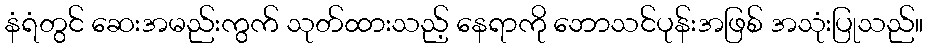
နံရံတွင် ဆေးအမည်းကွက် သုတ်ထားသည့် နေရာကို ဘောသင်ပုန်းအဖြစ် အသုံးပြုသည်။